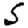
Digit: 5